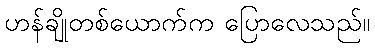
ဟန်ချိုတစ်ယောက်က ပြောလေသည်။